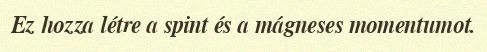
Ez hozza létre a spint és a mágneses momentumot.